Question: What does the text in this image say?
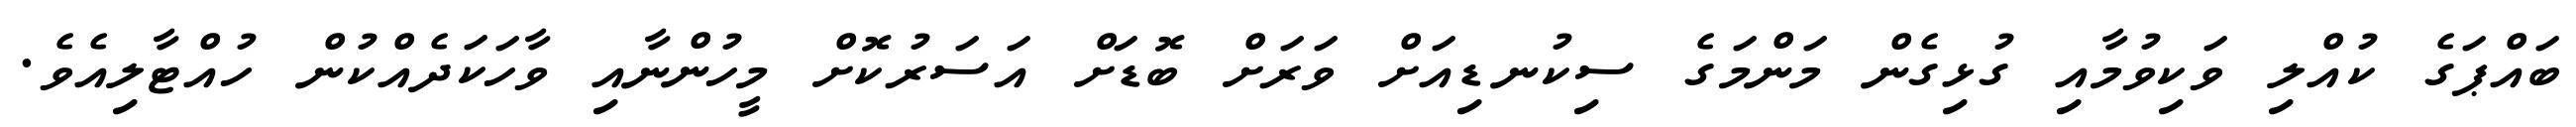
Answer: ބައްޕަގެ ކުއްލި ވަކިވުމާއި ގުޅިގެން މަންމަގެ ސިކުނޑިއަށް ވަރަށް ބޮޑަށް އަސަރުކޮށް މީހުންނާއި ވާހަކަދެއްކުން ހުއްޓާލިއެވެ.